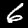
Label: 6